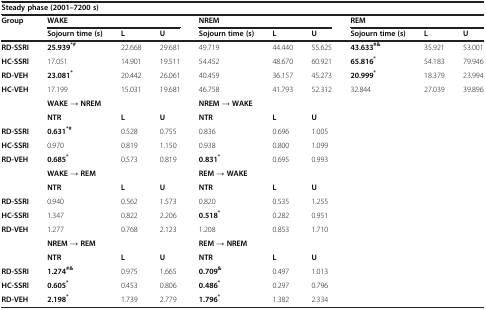
<table><thead><tr><td colspan="10"><b>Steady phase (2001–7200 s)</b></td></tr><tr><td><b>Group</b></td><td colspan="3"><b>WAKE</b></td><td colspan="3"><b>NREM</b></td><td colspan="3"><b>REM</b></td></tr><tr><td></td><td><b>Sojourn time (s)</b></td><td><b>L</b></td><td><b>U</b></td><td><b>Sojourn time (s)</b></td><td><b>L</b></td><td><b>U</b></td><td><b>Sojourn time (s)</b></td><td><b>L</b></td><td><b>U</b></td></tr></thead><tbody><tr><td><b>RD-SSRI</b></td><td><b>25.939</b><sup><b>*#</b></sup></td><td>22.668</td><td>29.681</td><td>49.719</td><td>44.440</td><td>55.625</td><td><b>43.633</b><sup><b>#&amp;</b></sup></td><td>35.921</td><td>53.001</td></tr><tr><td><b>HC-SSRI</b></td><td>17.051</td><td>14.901</td><td>19.511</td><td>54.452</td><td>48.670</td><td>60.921</td><td><b>65.816</b><sup><b>*</b></sup></td><td>54.183</td><td>79.946</td></tr><tr><td><b>RD-VEH</b></td><td><b>23.081</b><sup><b>*</b></sup></td><td>20.442</td><td>26.061</td><td>40.459</td><td>36.157</td><td>45.273</td><td><b>20.999</b><sup><b>*</b></sup></td><td>18.379</td><td>23.994</td></tr><tr><td><b>HC-VEH</b></td><td>17.199</td><td>15.031</td><td>19.681</td><td>46.758</td><td>41.793</td><td>52.312</td><td>32.844</td><td>27.039</td><td>39.896</td></tr><tr><td></td><td colspan="3"><b>WAKE → NREM</b></td><td colspan="3"><b>NREM → WAKE</b></td><td></td><td></td><td></td></tr><tr><td></td><td><b>NTR</b></td><td><b>L</b></td><td><b>U</b></td><td><b>NTR</b></td><td><b>L</b></td><td><b>U</b></td><td></td><td></td><td></td></tr><tr><td><b>RD-SSRI</b></td><td><b>0.631</b><sup><b>*#</b></sup></td><td>0.528</td><td>0.755</td><td>0.836</td><td>0.696</td><td>1.005</td><td></td><td></td><td></td></tr><tr><td><b>HC-SSRI</b></td><td>0.970</td><td>0.819</td><td>1.150</td><td>0.938</td><td>0.800</td><td>1.099</td><td></td><td></td><td></td></tr><tr><td><b>RD-VEH</b></td><td><b>0.685</b><sup><b>*</b></sup></td><td>0.573</td><td>0.819</td><td><b>0.831</b><sup><b>*</b></sup></td><td>0.695</td><td>0.993</td><td></td><td></td><td></td></tr><tr><td></td><td colspan="3"><b>WAKE → REM</b></td><td colspan="3"><b>REM → WAKE</b></td><td></td><td></td><td></td></tr><tr><td></td><td><b>NTR</b></td><td><b>L</b></td><td><b>U</b></td><td><b>NTR</b></td><td><b>L</b></td><td><b>U</b></td><td></td><td></td><td></td></tr><tr><td><b>RD-SSRI</b></td><td>0.940</td><td>0.562</td><td>1.573</td><td>0.820</td><td>0.535</td><td>1.255</td><td></td><td></td><td></td></tr><tr><td><b>HC-SSRI</b></td><td>1.347</td><td>0.822</td><td>2.206</td><td><b>0.518</b><sup><b>*</b></sup></td><td>0.282</td><td>0.951</td><td></td><td></td><td></td></tr><tr><td><b>RD-VEH</b></td><td>1.277</td><td>0.768</td><td>2.123</td><td>1.208</td><td>0.853</td><td>1.710</td><td></td><td></td><td></td></tr><tr><td></td><td colspan="3"><b>NREM → REM</b></td><td colspan="3"><b>REM → NREM</b></td><td></td><td></td><td></td></tr><tr><td></td><td><b>NTR</b></td><td><b>L</b></td><td><b>U</b></td><td><b>NTR</b></td><td><b>L</b></td><td><b>U</b></td><td></td><td></td><td></td></tr><tr><td><b>RD-SSRI</b></td><td><b>1.274</b><sup><b>#&amp;</b></sup></td><td>0.975</td><td>1.665</td><td><b>0.709</b><sup><b>&amp;</b></sup></td><td>0.497</td><td>1.013</td><td></td><td></td><td></td></tr><tr><td><b>HC-SSRI</b></td><td><b>0.605</b><sup><b>*</b></sup></td><td>0.453</td><td>0.806</td><td><b>0.486</b><sup><b>*</b></sup></td><td>0.297</td><td>0.796</td><td></td><td></td><td></td></tr><tr><td><b>RD-VEH</b></td><td><b>2.198</b><sup><b>*</b></sup></td><td>1.739</td><td>2.779</td><td><b>1.796</b><sup><b>*</b></sup></td><td>1.382</td><td>2.334</td><td></td><td></td><td></td></tr></tbody></table>